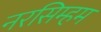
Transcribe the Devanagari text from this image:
नरसिम्हम